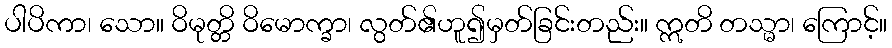
ပါပိကာ၊ သော။ ဝိမုတ္တိ ဝိမောက္ခာ၊ လွတ်၏ဟူ၍မှတ်ခြင်းတည်း။ ဣတိ တသ္မာ၊ ကြောင့်။